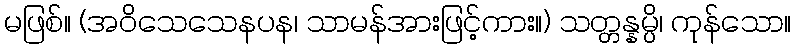
မဖြစ်။ (အဝိသေသေနပန၊ သာမန်အားဖြင့်ကား။) သတ္တန္နမ္ပိ၊ ကုန်သော။